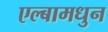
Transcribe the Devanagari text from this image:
एल्बामधुन